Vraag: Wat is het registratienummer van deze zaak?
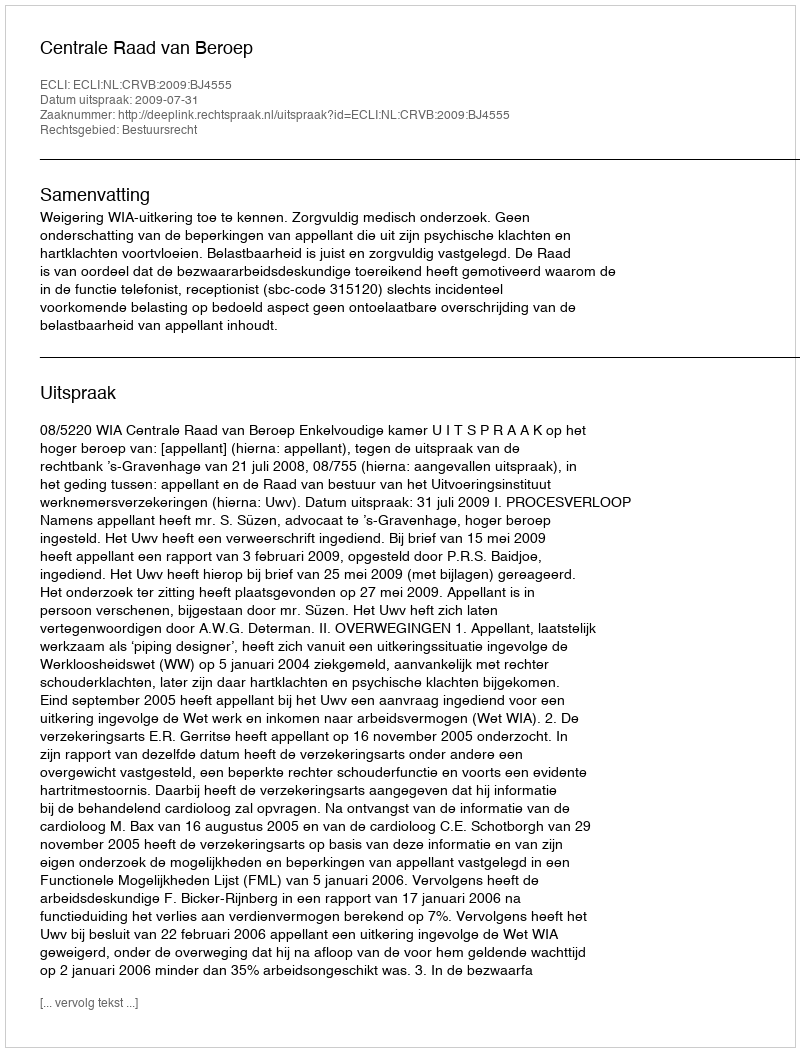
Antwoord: http://deeplink.rechtspraak.nl/uitspraak?id=ECLI:NL:CRVB:2009:BJ4555